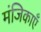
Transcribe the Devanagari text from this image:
मंजिकाएँ